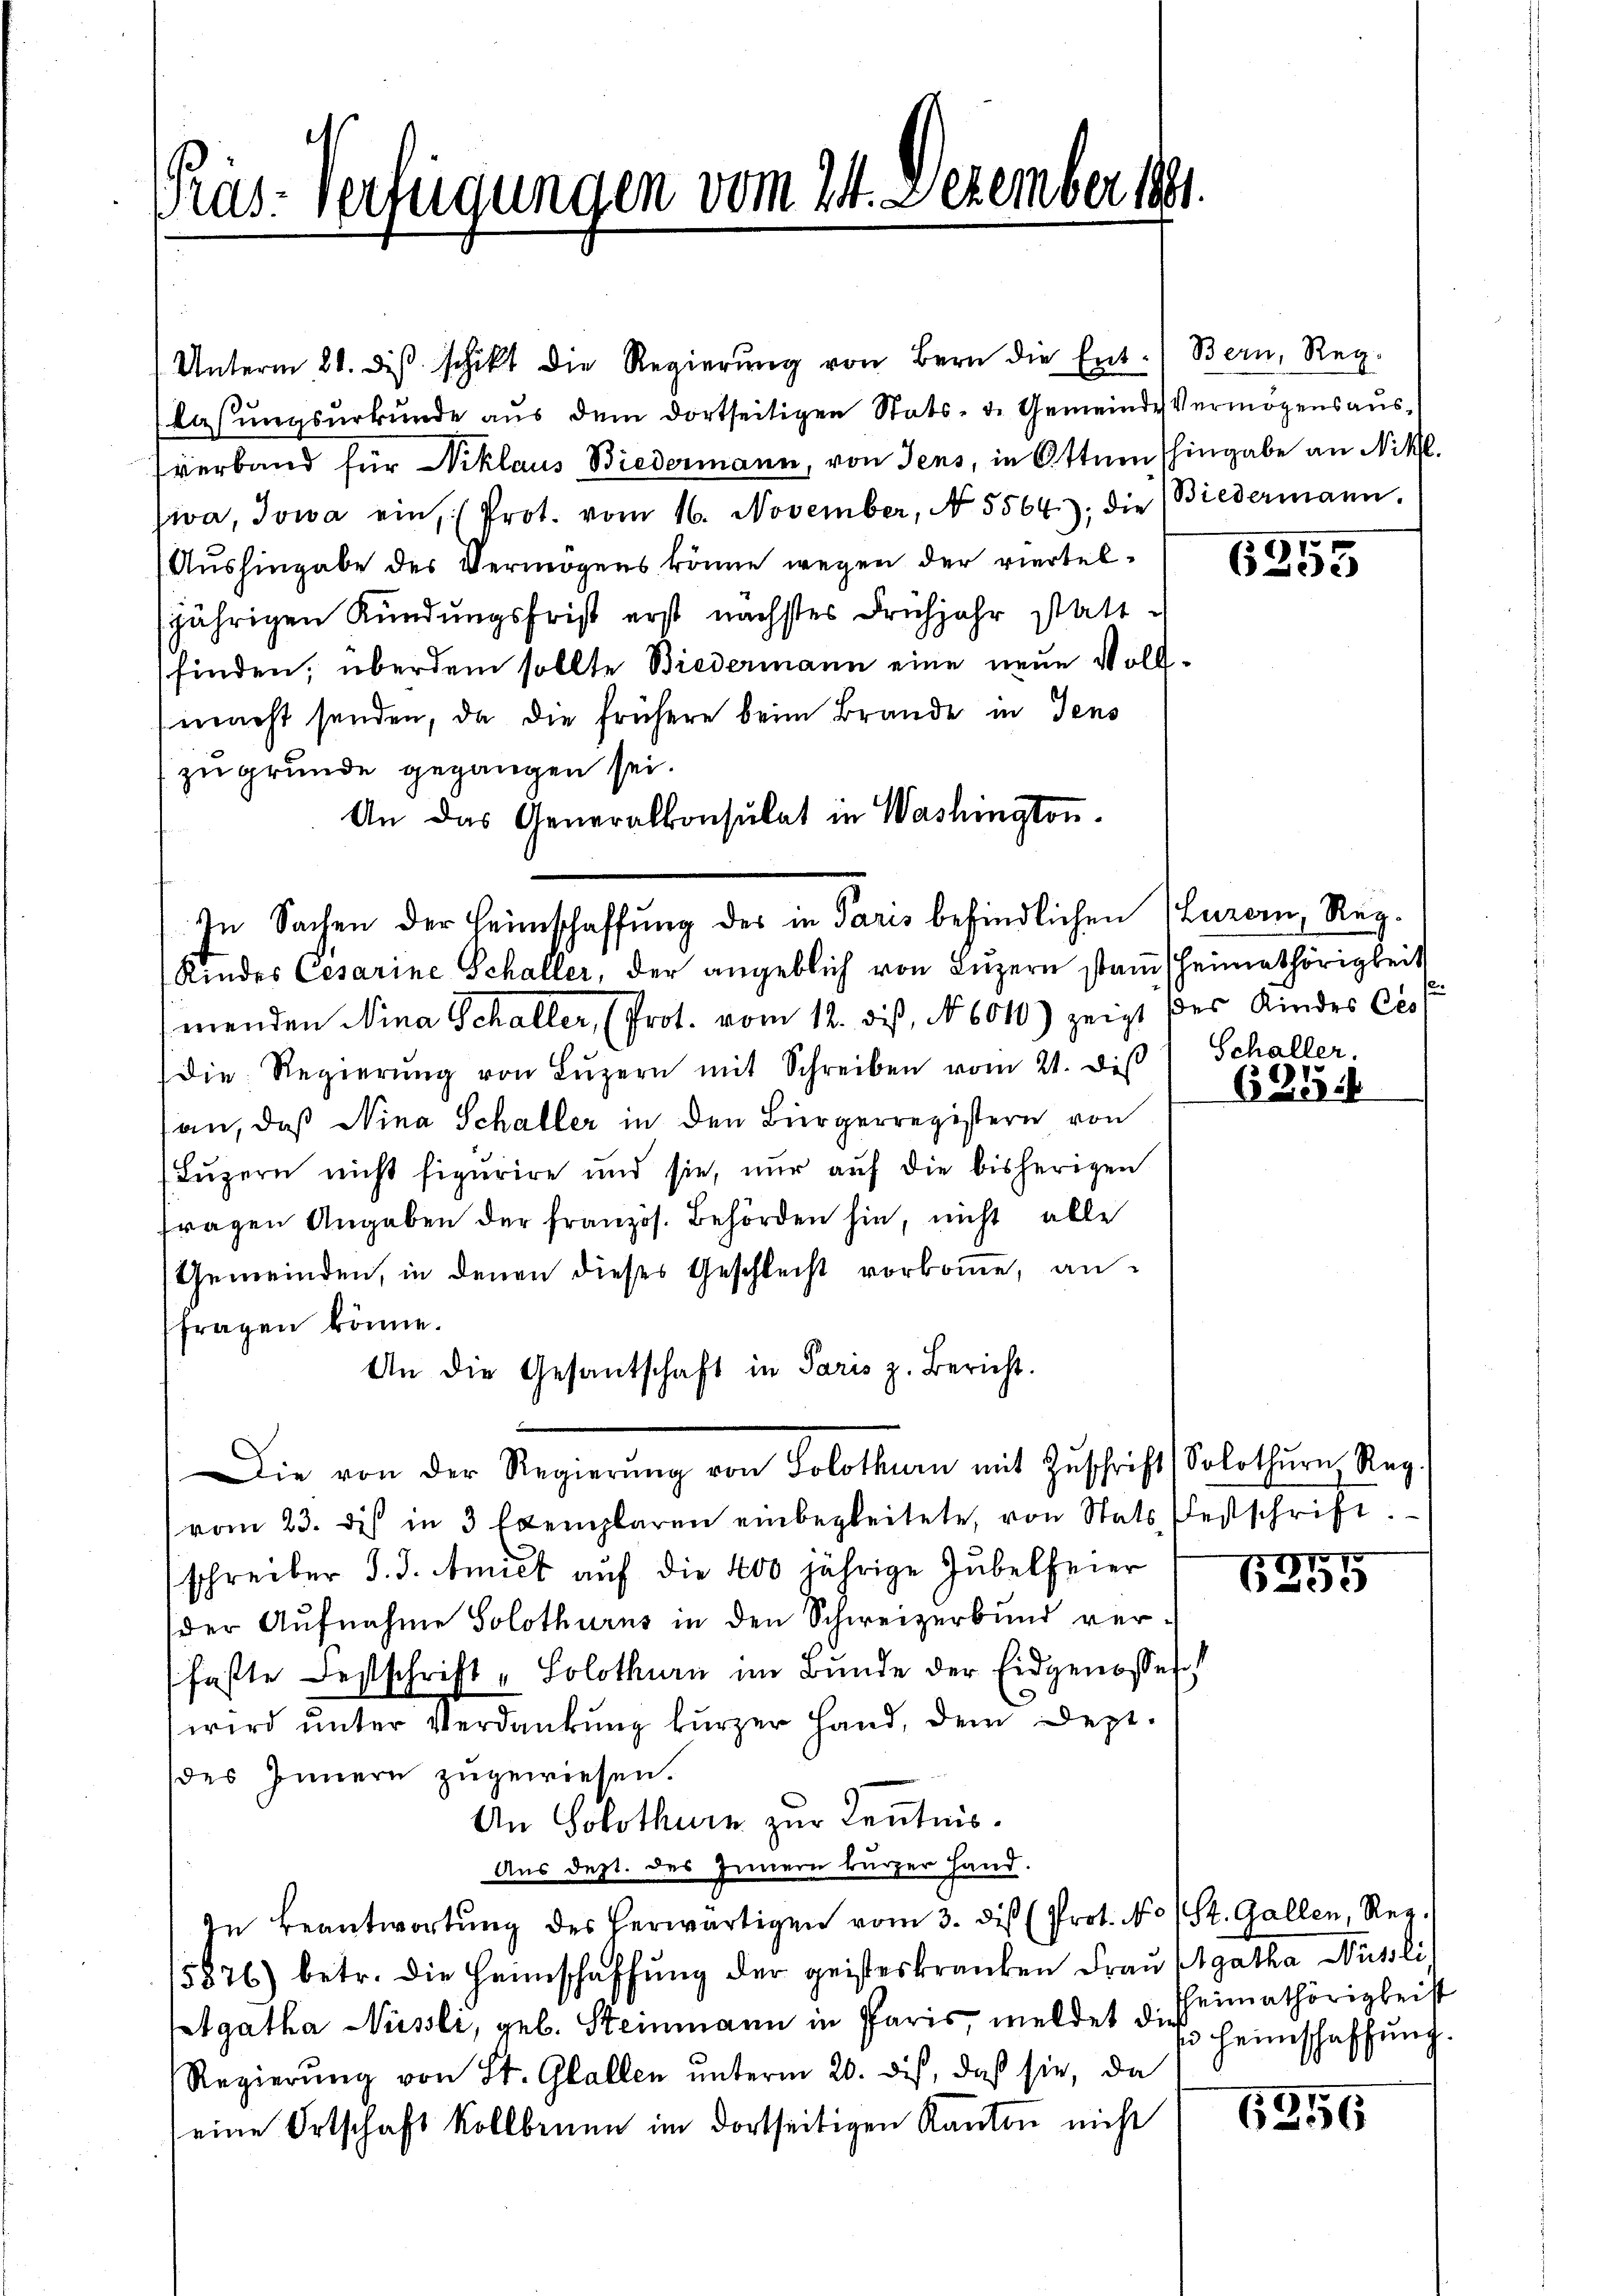
Ras: Verfügungen vom 24. Dezember,

Unterm 20. diβ schikt die Regierŭng von Bern die Ent- Bern, Reg.
lassungsurkunde aus dem dortseitigen Stats, d. Gemeinde Vermögensausverband für Niklaus Biedermann, von Jens, in Ottnen hingabe an Nikl.
iva, Jowa ein (Prot. vom 16. November, No 5564): die Biedermann.
Aushingabe des Vermögens könne wegen der vierteljährigen Kündungsfrist erst nächstes Frühjahr statt
finden, überdem sollte Biedermann eine neue Vollmacht senden, da die frühere beim Brande in Jens
zugrunde gegangen sei.
An das Generalkonsulat in Washington.
Kindes Cesarine Schaller, der angeblich von Lŭzern stammheimathörigkeit
menden Nina Schaller, (Prot. vom 12. dieß, No 6010) zeigt des Kindes Cess
die Regierŭng von Lŭzern mit Schreiben vom 21. diβ
an, daß Nina Schaller in den Bürgerregistern von
(Luzern nicht figurire und sie, nur auf die bisherigen
fragen Angaben der französ. Behörden hin, nicht alle
Gemeinden, in denen dieses Geschlecht vorkoṁe, anfragen könne.
An die Gesantschaft in Paris z. Bericht.
Die von der Regierung von Solothurn mit Zuschrift, Solothurn, Reg.
vom 23. des in 3 Exemplaren einbegleitete, von Stats festschrift.
schreiber J. J. Amick auf die 400 jährige Jubelfeier
der Aŭfnahme Solothurns in den Schweizerbund ver-
faßte Festschrift „ Solothurn im Bunde der Eidgenosses
wird unter Verdankung fürzer Hand, dem Dept.
des Innern zugewiesen.
An Solothurn zur Kenntnis.
Aus dept. des Innern kurzer Hand.
In Beantwortŭng des herwärtigen vom 3. diβ (Prot. No 1 St. Gallen, Reg.
5876) betr. die Heimschaffŭng der geisteskranken Fraŭ Agatha Nüssli
Agatha Nüssli, geb. Steinmann in Paris, meldet die Heimschaffung.
Regierŭng von St. Gallen unterm 20. des, daß sie, da
eine Ortschaft Kollbenen im dortseitigen Kanton nicht

In Sachen der Heimschaffung des in Paris befindlichen Luzern, Reg.

6355

Schaller.

6256

ot
2e)

Heimathörigkeit

6256